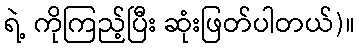
ရဲ့ ကိုကြည့်ပြီး ဆုံးဖြတ်ပါတယ်)။